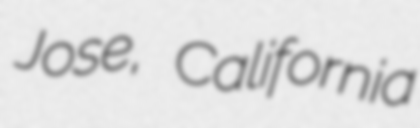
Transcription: Jose, California